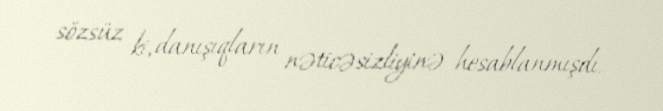
sözsüz ki, danışıqların nəticəsizliyinə hesablanmışdı.